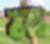
মা